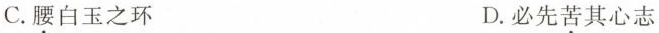
C.腰白玉之环 D.必先苦其心志